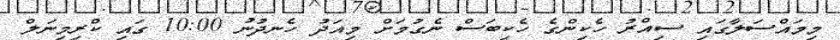
މިމައްސަލާގައި ސިއްރު ހެކިންގެ ހެކިބަސް ނެގުމަށް މިއަދު ހެނދުނު 10:00 ގައި ކްރިމިނަލް